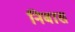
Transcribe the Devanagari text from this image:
निबास